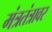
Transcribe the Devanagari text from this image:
मंत्रतंत्रावर